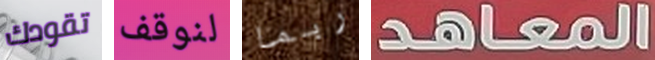
تقودك لنوقف ربما المعاهد